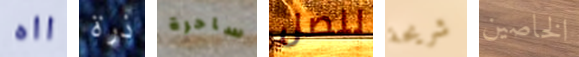
ااه ذرة ساحرة لنصل شريحة الخاصين